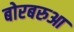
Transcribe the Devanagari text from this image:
बोरबरुआ